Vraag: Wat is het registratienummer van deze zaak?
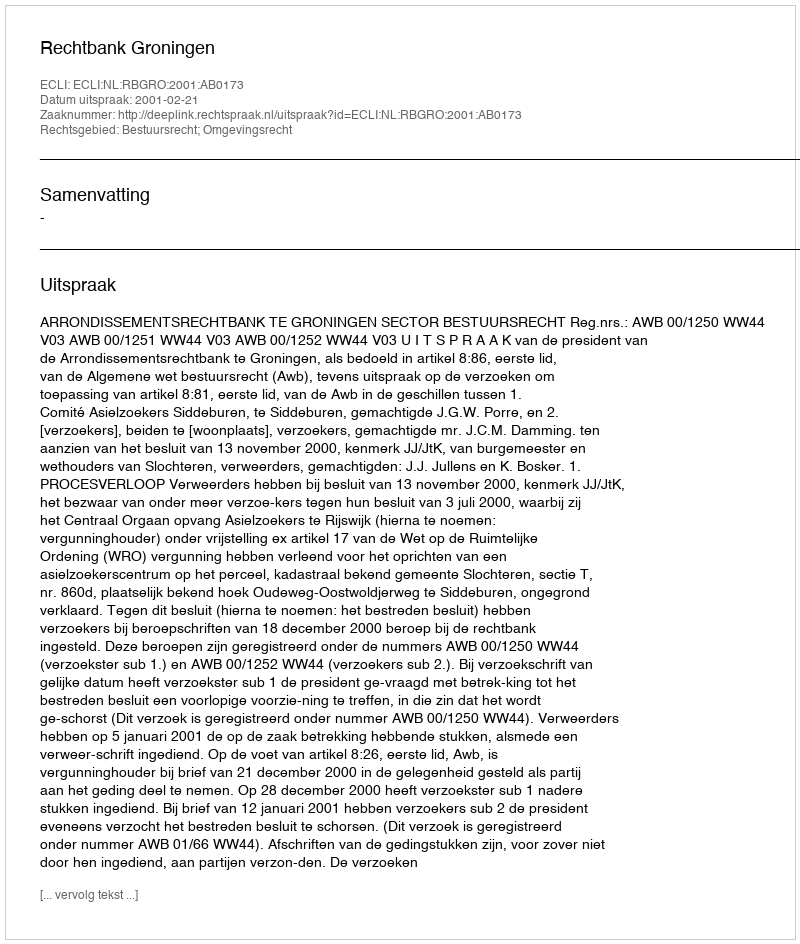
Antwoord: http://deeplink.rechtspraak.nl/uitspraak?id=ECLI:NL:RBGRO:2001:AB0173